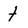
Character: t